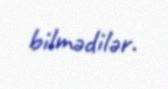
bilmədilər.